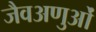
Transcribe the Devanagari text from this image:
जैवअणुओं